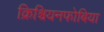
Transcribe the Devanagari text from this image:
क्रिश्चियनफोबिया